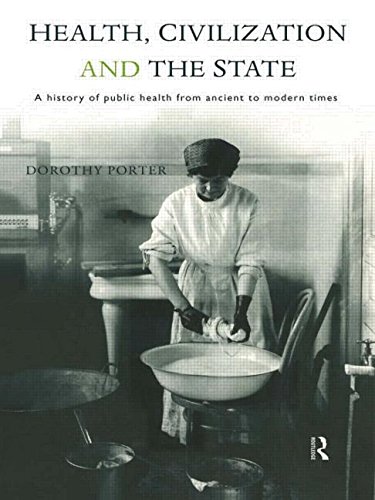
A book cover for Health, Civilization and the State: A History of Public Health from Ancient to Modern Times; Dorothy Porter; Medical Books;